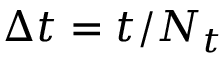
\Delta t = t / N _ { t }